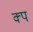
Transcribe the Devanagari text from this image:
क्प